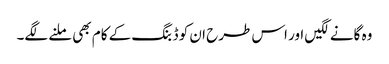
وہ گانے لگیں اور اس طرح ان کو ڈبنگ کے کام بھی ملنے لگے۔